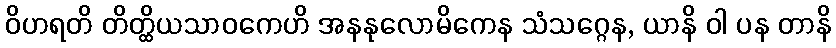
ဝိဟရတိ တိတ္ထိယသာဝကေဟိ အနနုလောမိကေန သံသဂ္ဂေန, ယာနိ ဝါ ပန တာနိ